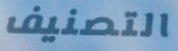
التصنيف